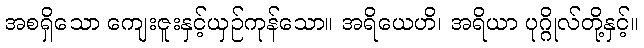
အစရှိသော ကျေးဇူးနှင့်ယှဉ်ကုန်သော။ အရိယေဟိ၊ အရိယာ ပုဂ္ဂိုလ်တို့နှင့်။